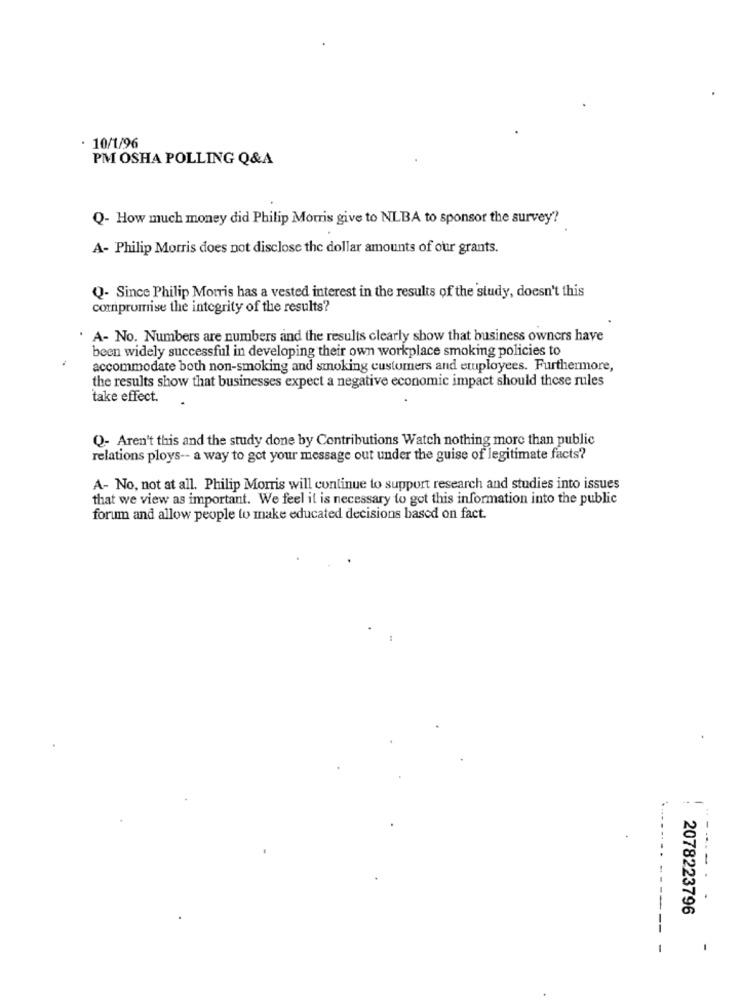
· 10/1/96
PM OSHA POLLING Q&A
Q- How much money did Philip Morris give to NLBA to sponsor the survey?
A- Philip Morris does not disclose the dollar amounts of our grants.
Q- Since Philip Morris has a vested interest in the results of the study, doesn't this
compromise the integrity of the results?
A- No. Numbers are numbers and the results clearly show that business owners have
been widely successful in developing their own workplace smoking policies to
accommodate both non-smoking and smoking customers and etuployees. Furthermore,
the results show that businesses expect a negative economic impact should these rules
take effect.
Q- Aren't this and the study done by Contributions Watch nothing more than public
relations ploys -- a way to get your message out under the guise of legitimate facts?
A- No, not at all. Philip Morris will continue to support research and studies into issues
that we view as important. We feel it is necessary to got this information into the public
forum and allow people to make educated decisions based on fact.
---
2078223796